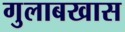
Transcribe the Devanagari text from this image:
गुलाबखास